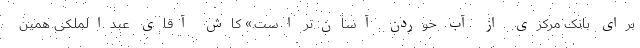
برای بانک مرکزی از آب خوردن آسان‌تر است.» کاش آقای عبدالملکی همین